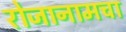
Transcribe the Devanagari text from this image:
रोजानामचा